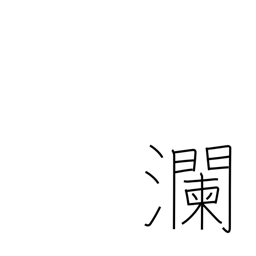
Meaning: large waves